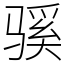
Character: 𫘬